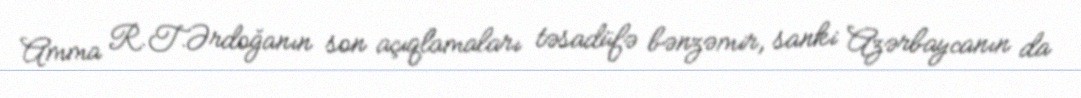
Amma R.T.Ərdoğanın son açıqlamaları təsadüfə bənzəmir, sanki Azərbaycanın da